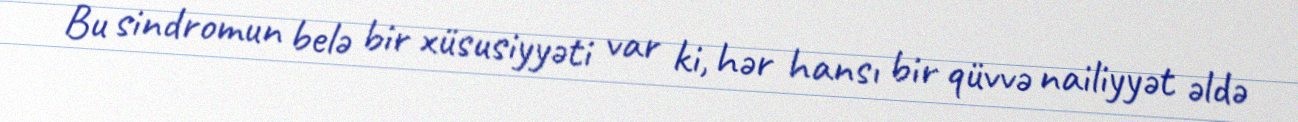
Bu sindromun belə bir xüsusiyyəti var ki, hər hansı bir qüvvə nailiyyət əldə